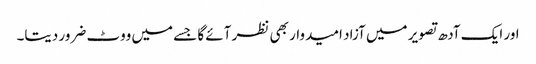
اور ایک آدھ تصویر میں آزاد امیدوار بھی نظر آئے گا جسے میں ووٹ ضرور دیتا۔